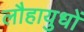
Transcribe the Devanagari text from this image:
लौहायुधों